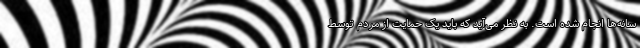
سانه‌‌ها انجام شده است. به نظر می‌‌‌آید که باید یک حمایت از مردم توسط